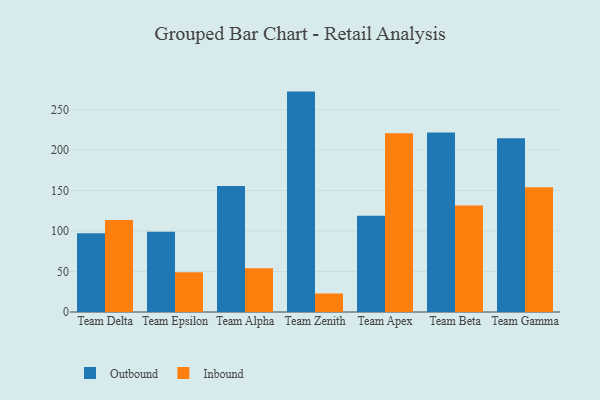
{"axis": {"x": "Team", "y": "Population (Million)"}, "legend": ["Inbound", "Outbound"], "data": [{"x": "Team Delta", "y": 97.4, "type": "Outbound"}, {"x": "Team Delta", "y": 113.6, "type": "Inbound"}, {"x": "Team Epsilon", "y": 99.2, "type": "Outbound"}, {"x": "Team Epsilon", "y": 49.1, "type": "Inbound"}, {"x": "Team Alpha", "y": 155.6, "type": "Outbound"}, {"x": "Team Alpha", "y": 53.9, "type": "Inbound"}, {"x": "Team Zenith", "y": 272.2, "type": "Outbound"}, {"x": "Team Zenith", "y": 22.9, "type": "Inbound"}, {"x": "Team Apex", "y": 119.0, "type": "Outbound"}, {"x": "Team Apex", "y": 220.7, "type": "Inbound"}, {"x": "Team Beta", "y": 221.8, "type": "Outbound"}, {"x": "Team Beta", "y": 131.6, "type": "Inbound"}, {"x": "Team Gamma", "y": 214.5, "type": "Outbound"}, {"x": "Team Gamma", "y": 154.1, "type": "Inbound"}]}